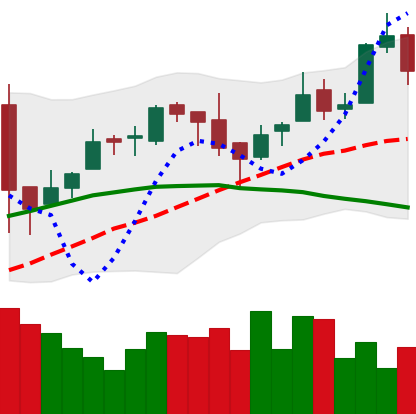
Ticker: BTC-USD
Chart end date: 2016-04-17
Forward return: 4.291%
Label: up_3_5